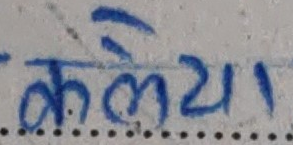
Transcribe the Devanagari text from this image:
केलया।